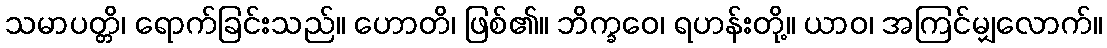
သမာပတ္တိ၊ ရောက်ခြင်းသည်။ ဟောတိ၊ ဖြစ်၏။ ဘိက္ခဝေ၊ ရဟန်းတို့။ ယာဝ၊ အကြင်မျှလောက်။